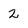
Character: 2